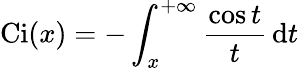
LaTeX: \operatorname{Ci}(x)=-\int_{x}^{+\infty}\frac{\cos t}{t}\, \mathrm{d}t